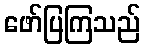
ဖော်ပြကြသည်